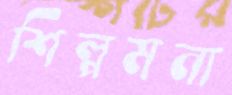
শিল্পমনা